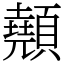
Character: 顤